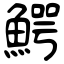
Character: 鰐